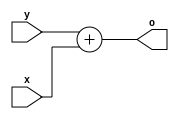
//////////////////////////////////////////////////////////////
// Description: Non-Pipelined full adder helper module
//
// Benjamin Ryle
// Sept 11
// Built with Modelsim INTEL FPGA Starter Edition 10.5b
//////////////////////////////////////////////////////////////
module fulladder
(
input [63:0] x,
input [63:0] y,
output [63:0] o
);
assign o=y+x;
endmodule